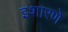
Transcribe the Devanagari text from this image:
इशारणे